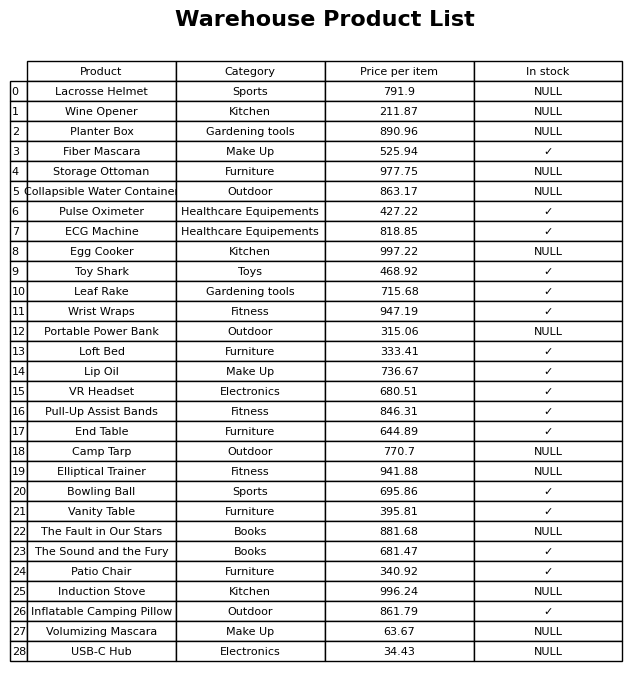
question: What is the price for End Table?
answer: The price of End Table is 644.89.